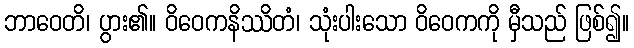
ဘာဝေတိ၊ ပွား၏။ ဝိဝေကနိဿိတံ၊ သုံးပါးသော ဝိဝေကကို မှီသည် ဖြစ်၍။